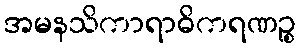
အမနသိကာရာဓိကရဏဉ္စ